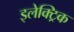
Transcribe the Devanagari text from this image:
इलेक्ट्रिक